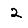
Digit: 2